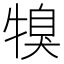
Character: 𤚯